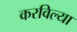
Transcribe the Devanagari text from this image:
करविल्या